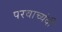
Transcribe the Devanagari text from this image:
परवाच्यंदी